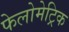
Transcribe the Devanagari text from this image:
फेलोमेट्रिक